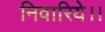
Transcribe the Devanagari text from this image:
निवारिये।।